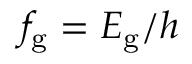
f _ { \mathrm { g } } = E _ { \mathrm { g } } / h